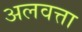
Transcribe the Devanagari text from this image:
अलवत्ता